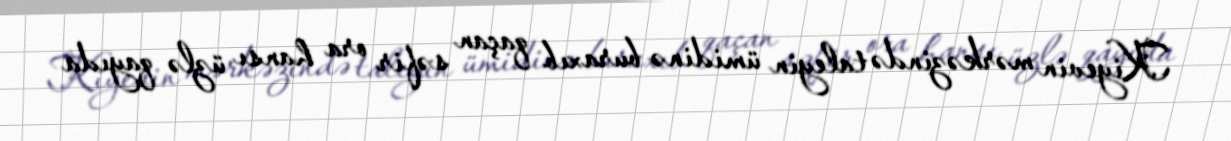
Kiyevin mərkəzində taleyin ümidinə buraxıb qaçan səfir ora hansı üzlə qayıda